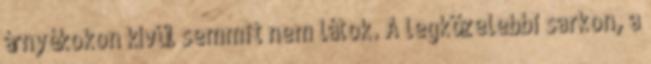
árnyékokon kívül semmit nem látok. A legközelebbi sarkon, a